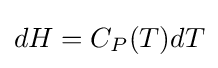
dH=C_{P}(T)dT